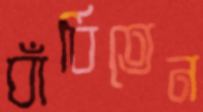
বাঁধিতেন